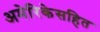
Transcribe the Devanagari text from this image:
अमेरिकेसहित